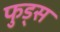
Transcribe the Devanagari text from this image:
फुड्स